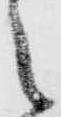
之